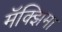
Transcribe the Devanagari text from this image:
मॅक्झिमा